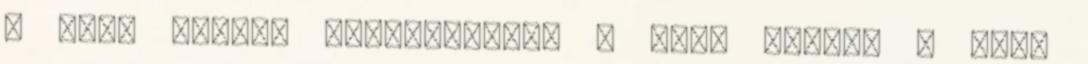
A Nagy Háború alulnézetből A Nagy Háború A Nagy